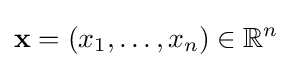
\mathbf {x} =(x_{1},\ldots ,x_{n})\in \mathbb {R} ^{n}